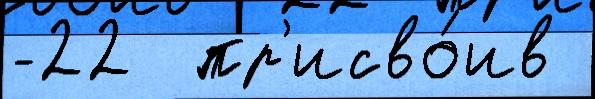
-22  пр'исво́ив